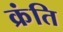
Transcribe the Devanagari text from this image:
क्रंति